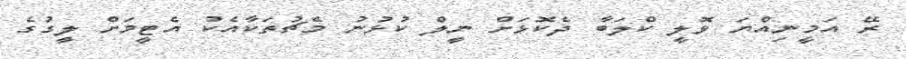
ރޭ އަމީނިއްޔަ ވޮލީ ކްލަބާ ދެކޮޅަށް ނީލް ކުޅުނު މެޗުތަކާއެކު އެޓީމަށް ލީގުގެ